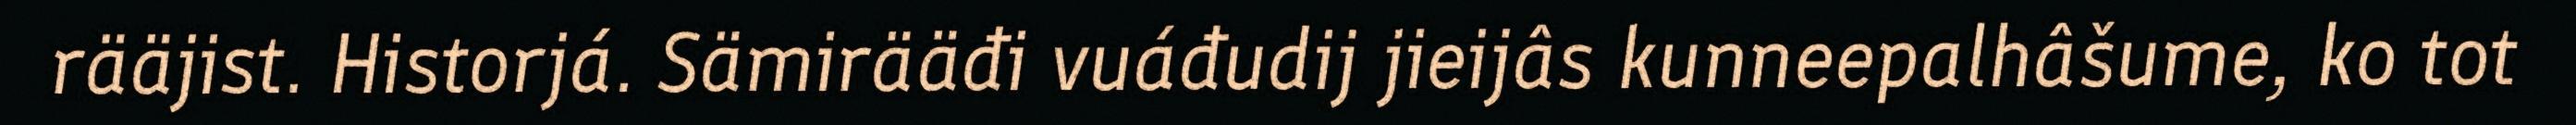
rääjist. Historjá. Sämirääđi vuáđudij jieijâs kunneepalhâšume, ko tot